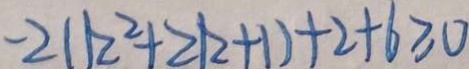
- 2 ( k ^ { 2 } + 2 k + 1 ) + 2 + 6 \geq 0